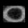
Digit: ၀